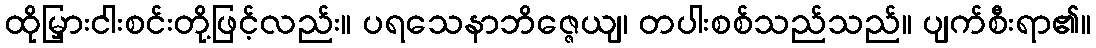
ထိုမြှားငါးစင်းတို့ဖြင့်လည်း။ ပရသေနာဘိဇ္ဇေယျ၊ တပါးစစ်သည်သည်။ ပျက်စီးရာ၏။